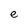
Character: e